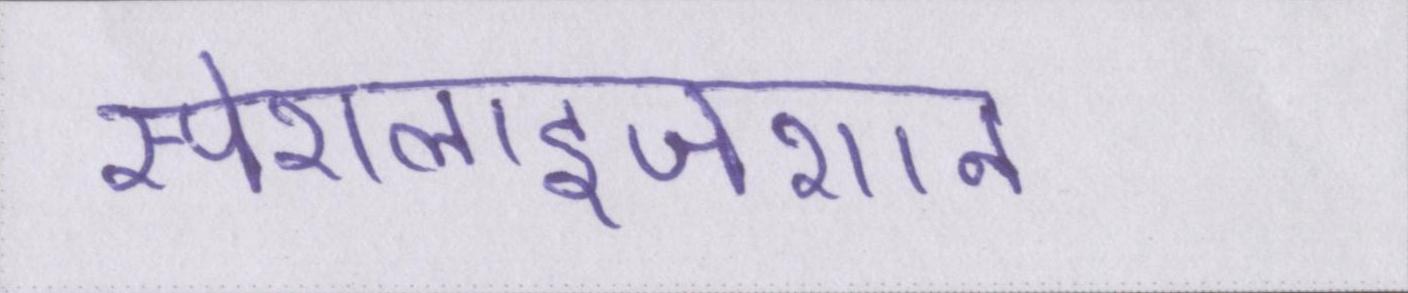
स्पेशलाइजेशन